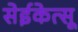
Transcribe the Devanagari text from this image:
सेईकेत्सू